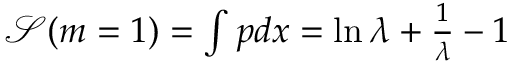
\begin{array} { r } { \mathcal { S } ( m = 1 ) = \int { p d x } = \ln \lambda + \frac { 1 } { \lambda } - 1 \hfill } \end{array}